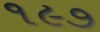
૧૯૭